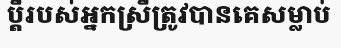
ប្តីរបស់អ្នកស្រីត្រូវបានគេសម្លាប់